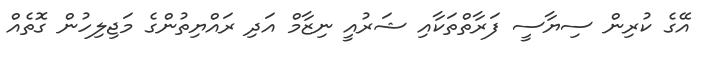
އޭގެ ކުރިން ސިޔާސީ ފަރާތްތަކާއި ޝަރުއީ ނިޒާމް އަދި ރައްޔިތުންގެ މަޖިލިހުން ގޮތެއް